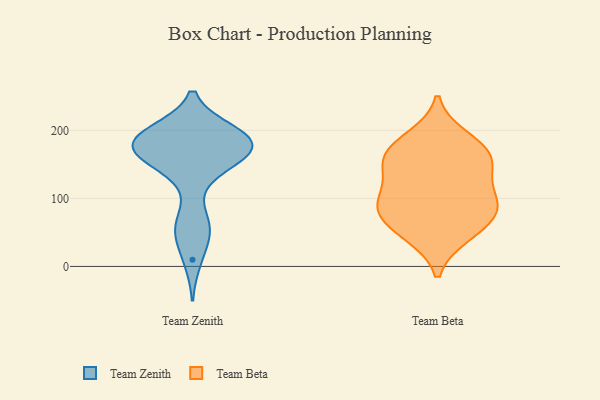
{"axis": {"x": "Waste Production (Tons)", "y": "Value"}, "legend": ["Team Beta", "Team Zenith"], "data": [{"x": "", "y": 194, "type": "Team Zenith"}, {"x": "", "y": 189, "type": "Team Zenith"}, {"x": "", "y": 165, "type": "Team Zenith"}, {"x": "", "y": 167, "type": "Team Zenith"}, {"x": "", "y": 183, "type": "Team Zenith"}, {"x": "", "y": 178, "type": "Team Zenith"}, {"x": "", "y": 197, "type": "Team Zenith"}, {"x": "", "y": 155, "type": "Team Zenith"}, {"x": "", "y": 170, "type": "Team Zenith"}, {"x": "", "y": 48, "type": "Team Zenith"}, {"x": "", "y": 10, "type": "Team Zenith"}, {"x": "", "y": 178, "type": "Team Zenith"}, {"x": "", "y": 64, "type": "Team Zenith"}, {"x": "", "y": 59, "type": "Team Zenith"}, {"x": "", "y": 197, "type": "Team Zenith"}, {"x": "", "y": 176, "type": "Team Zenith"}, {"x": "", "y": 135, "type": "Team Zenith"}, {"x": "", "y": 136, "type": "Team Beta"}, {"x": "", "y": 177, "type": "Team Beta"}, {"x": "", "y": 50, "type": "Team Beta"}, {"x": "", "y": 149, "type": "Team Beta"}, {"x": "", "y": 46, "type": "Team Beta"}, {"x": "", "y": 97, "type": "Team Beta"}, {"x": "", "y": 72, "type": "Team Beta"}, {"x": "", "y": 98, "type": "Team Beta"}, {"x": "", "y": 189, "type": "Team Beta"}, {"x": "", "y": 90, "type": "Team Beta"}, {"x": "", "y": 156, "type": "Team Beta"}, {"x": "", "y": 85, "type": "Team Beta"}, {"x": "", "y": 163, "type": "Team Beta"}]}